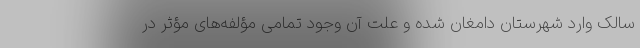
سالک وارد شهرستان دامغان شده و علت آن وجود تمامی مؤلفه‌های مؤثر در